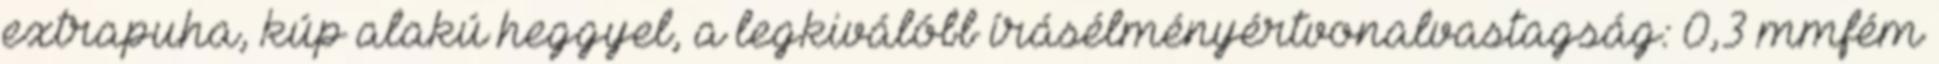
extrapuha, kúp alakú heggyel, a legkiválóbb írásélményértvonalvastagság: 0,3 mmfém